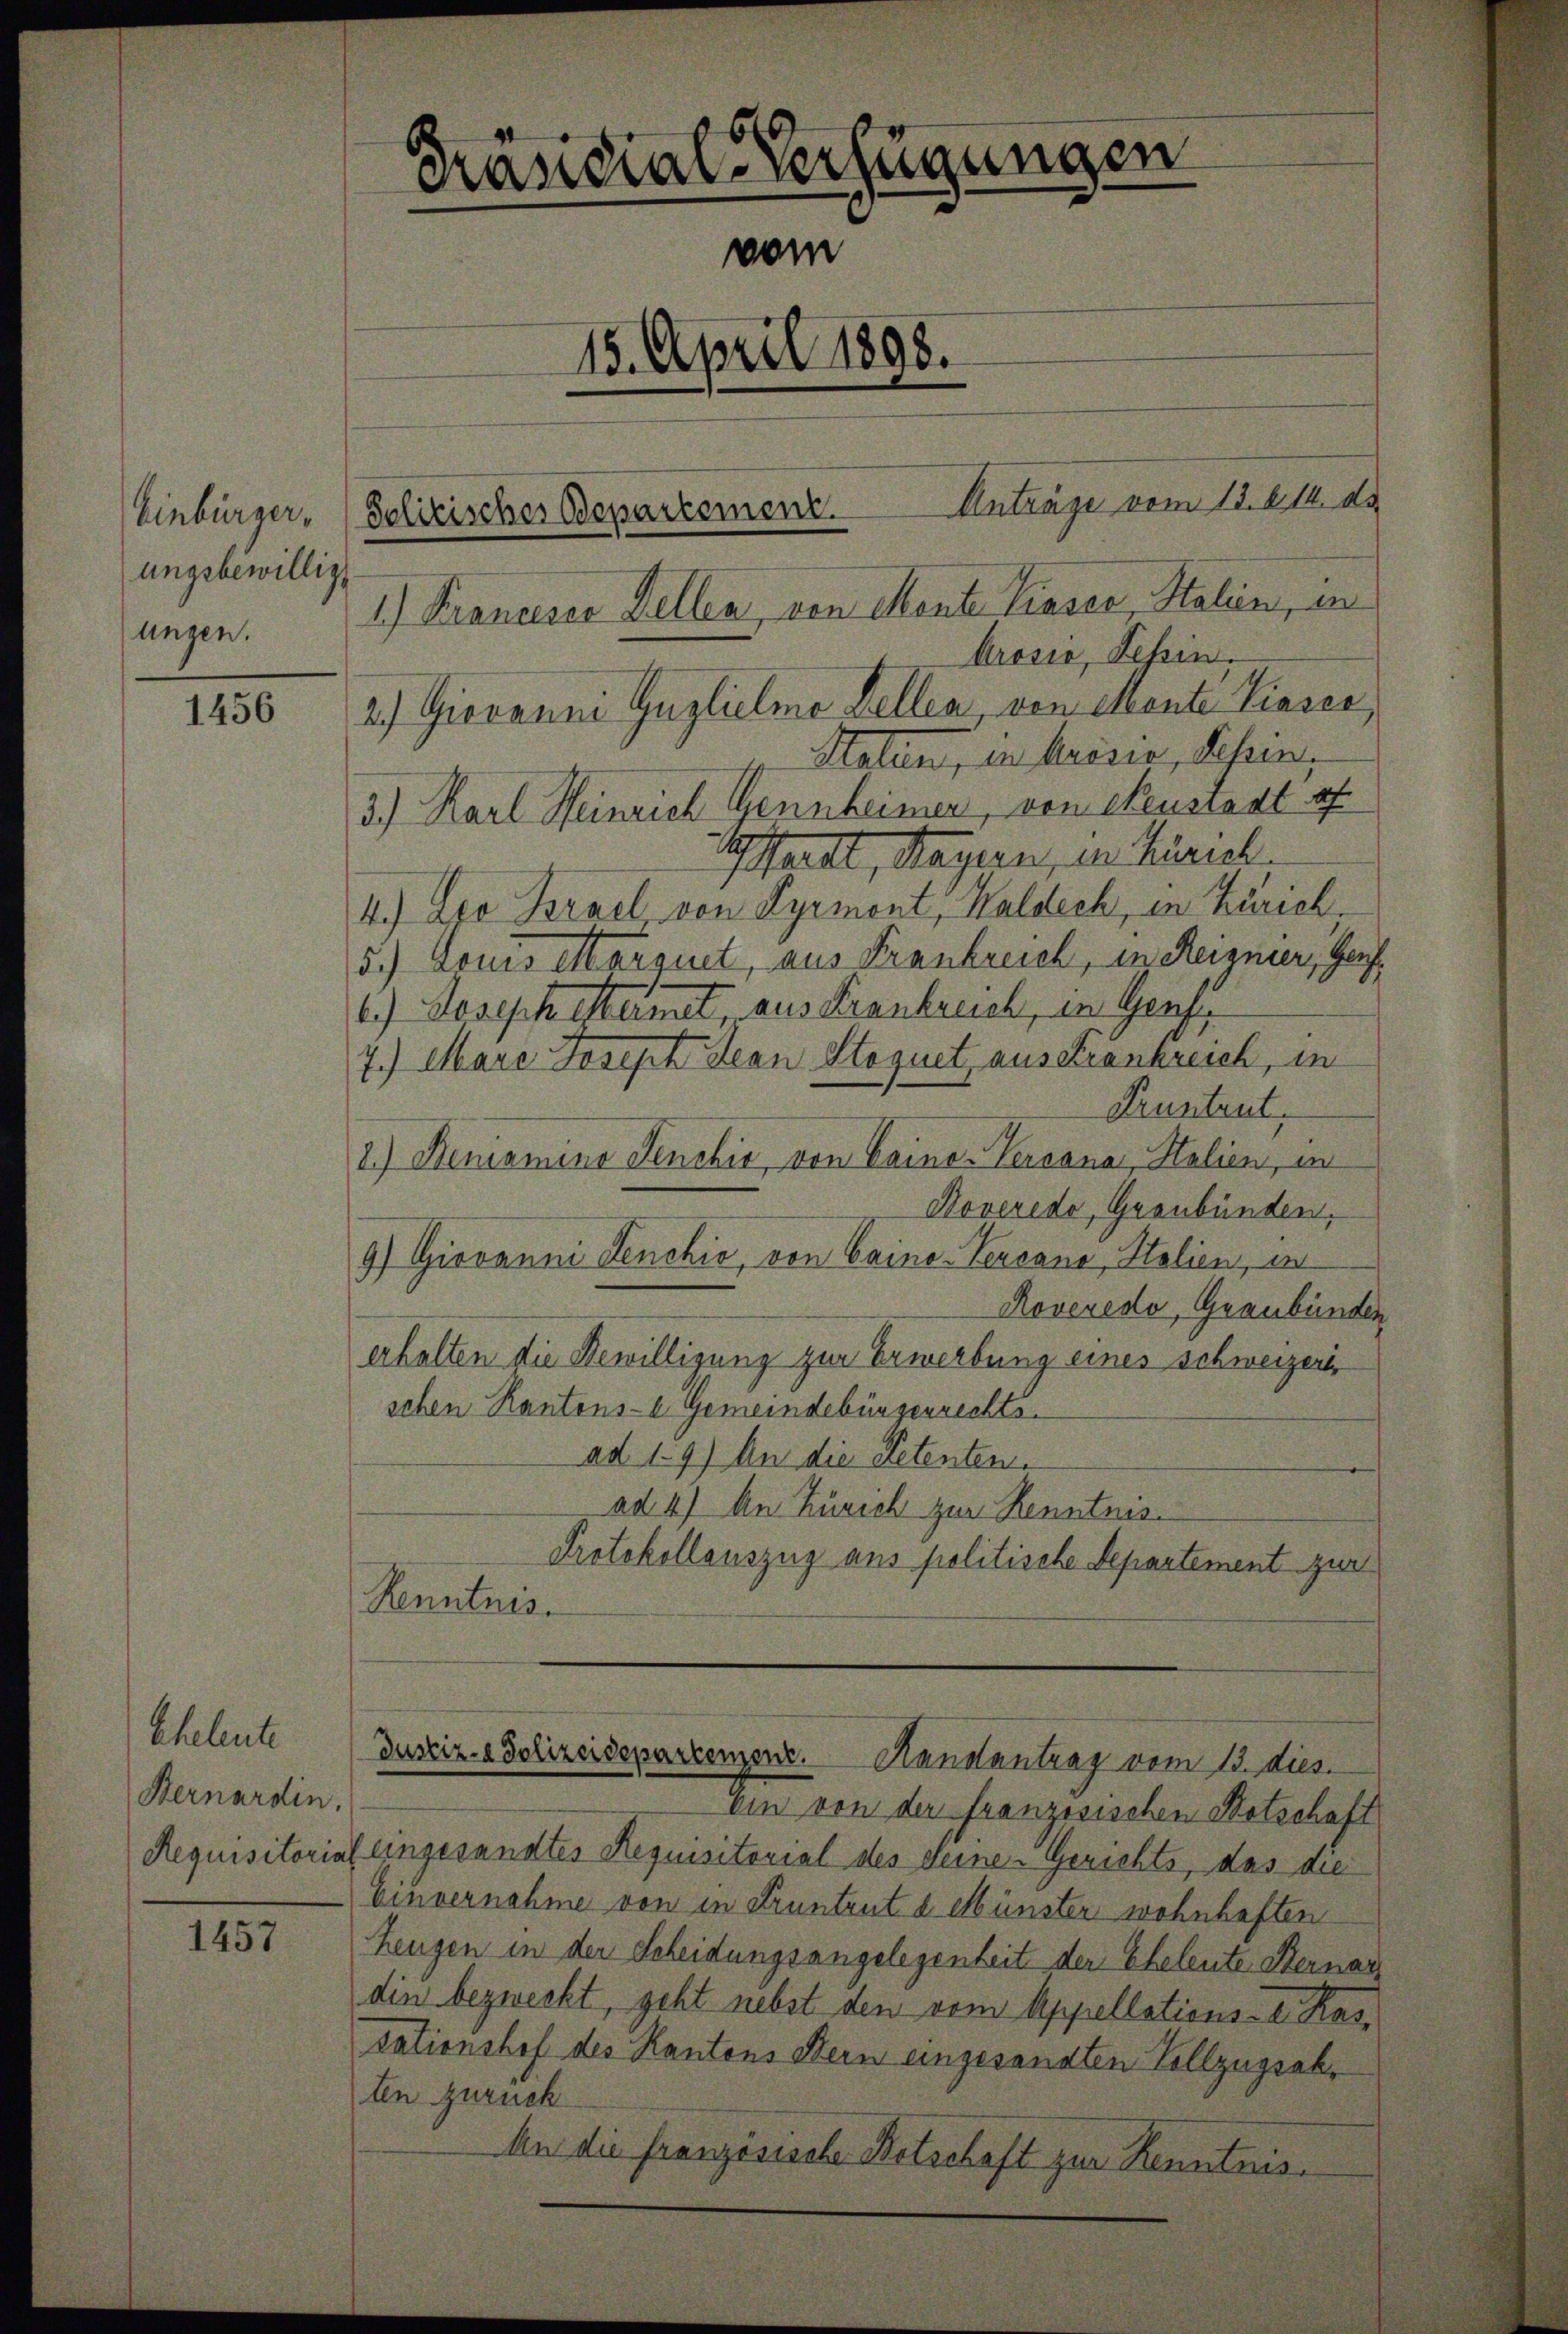
Einbürger,
ungsbewillig
ungen.

1456

Eheleute
Bernardin.

1457

Arosia, Schin.
2.) Giovanni Guglielme Zellen, von Monte Zinses
Maten, in Krisie, Sein,
5.) Karl Heinrich Gennheimen, von Neustadt f
Aartl, Hagen, in Mariel
4.) Ero Brael von Pyrmont, Waldech, in Zürich,
5.) Louis Marquet, aus Frankreich, in Reignier, Geis¬
6.) Josephestamet, aus Frankreich, in Genfe
7.) Mare Joseph Jean Stoguet ausdrankreich, in
Pruntrut,
1.) Denomina Jenekić, von Caino-Vercana, Halien, in
Koveredo, Graubünden.
9) Giovanni Lenchić, von Vaino-Versano, Italien, in
Roveredo, Graubünden
erhalten die Bewilligung zur Erwerbung eines Schweizeris
schen Kantons- E. Gemeindebürgerrechts-
ad 1. 9) An die Petenten.
ad 4) An Zürich zur Kenntnis
Protokollauszug aus politische Departement zur
Kenntnis.

Präsidial-Verfügungen
vom
15. April 1898.

Solitisches Departement. Antrage vom 12. Okt. de
1.) Prandeser Zellen, von Mente Piaser, Stalien, in

Justiz- & Polizeidepartement. Kanalantrag vom 13. dies.

Ein von der französischen Botschaft
Requisitorial eingesandtes Requisitorial des deine Gerichts, das die
Einvernahme von in Pruntrut d. Münster wohnhaften
Heugen in der Scheidungsangelegenheit der Eheleute Sternar
din bezweckt, geht nebst den vom Appellations- I. Kasdationshof des Kantons Bern eingesandten Vollzugrakten zurück
An die Französische Betschaft zur Kenntnis.